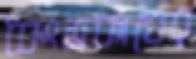
ধ্বংসকাণ্ডের